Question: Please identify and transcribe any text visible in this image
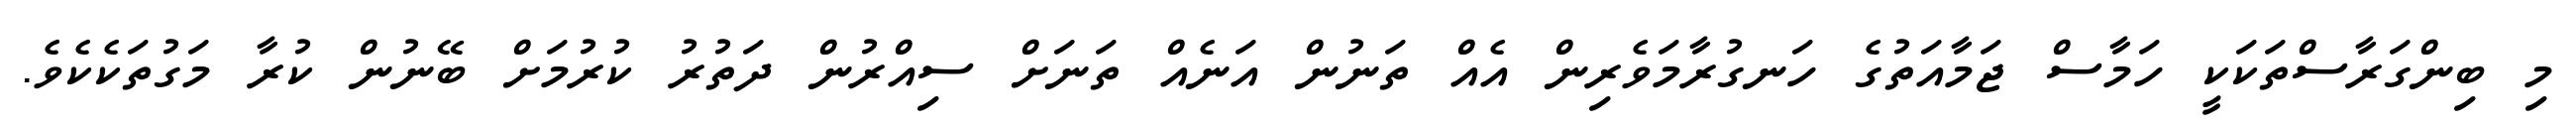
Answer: މި ބިންގަރާސްތަކަކީ ހަމާސް ޖަމާއަތުގެ ހަނގުރާމަވެރިން އެއް ތަނުން އަނެއް ތަނަށް ސިއްރުން ދަތުރު ކުރުމަށް ބޭނުން ކުރާ މަގުތަކެކެވެ.